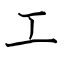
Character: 工